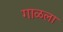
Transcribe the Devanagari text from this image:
गाळला